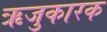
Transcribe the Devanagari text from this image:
ऋजुकारक